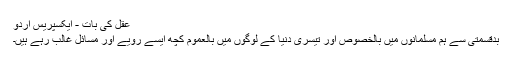
عقل کی بات - ایکسپریس اردو
بدقسمتی سے ہم مسلمانوں میں بالخصوص اور تیسری دنیا کے لوگوں میں بالعموم کچھ ایسے رویے اور مسائل غالب رہے ہیں۔